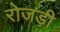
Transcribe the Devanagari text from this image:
रोजड़ी